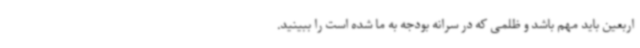
اربعین باید مهم باشد و ظلمی که در سرانه بودجه به ما شده است را ببینید.